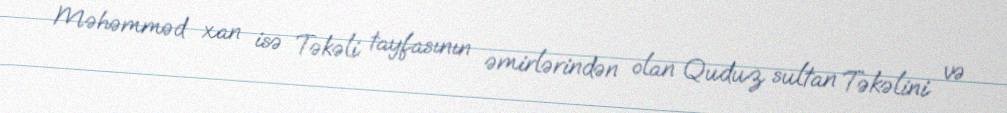
Məhəmməd xan isə Təkəli tayfasının əmirlərindən olan Quduz sultan Təkəlini və